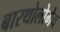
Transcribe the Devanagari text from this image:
बारथोलोमेव